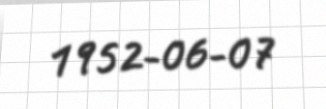
1952-06-07